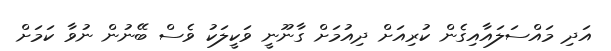
އަދި މައްސަލައާއިގެން ކުރިއަށް ދިއުމަށް ގާނޫނީ ވަކީލަކު ވެސް ބޭނުން ނުވާ ކަމަށް